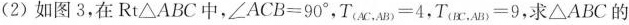
(2)如图3，在Rt\triangle ABC中，$$\angle ACB=90^{\circ}$$，$$T_{AC,AB}=4$$，$$T_{BC,AB}=9$$，求\triangle ABC的